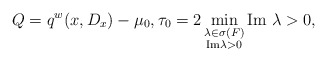
\begin{align*}Q=q^w(x,D_x)-\mu_0, \tau_0=2\min_{\substack{\lambda \in \sigma(F)\\ \textrm{Im}\lambda >0}}\textrm{Im }\lambda>0,\end{align*}